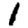
Digit: 1